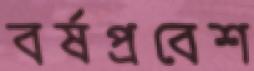
বর্ষপ্রবেশ